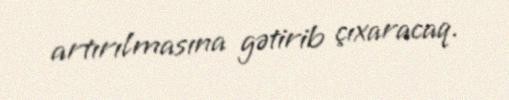
artırılmasına gətirib çıxaracaq.